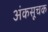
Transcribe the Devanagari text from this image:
अंकसूचक